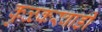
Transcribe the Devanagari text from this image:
कुळकरवाडी